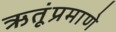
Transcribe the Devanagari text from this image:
ऋतूंप्रमाणे